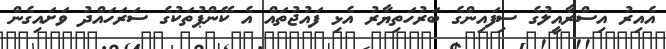
އެއިރު އިސްރާއީލުގެ ސިފައިންގެ ބަރުހަތިޔާރު އެޅި ފައުޖުތައް އެ ކޭންޕުތަކުގެ ސަރަހައްދު ވަށައިގެން